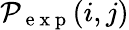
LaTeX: \mathcal{P}_{\mathrm{{~e~x~p~}}}(i,j)